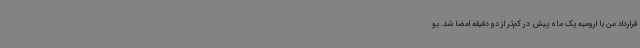
قرارداد من با ارومیه یک ماه پیش در کم‌تر از دو دقیقه امضا شد. یو